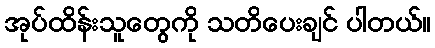
အုပ်ထိန်းသူတွေကို သတိပေးချင် ပါတယ်။